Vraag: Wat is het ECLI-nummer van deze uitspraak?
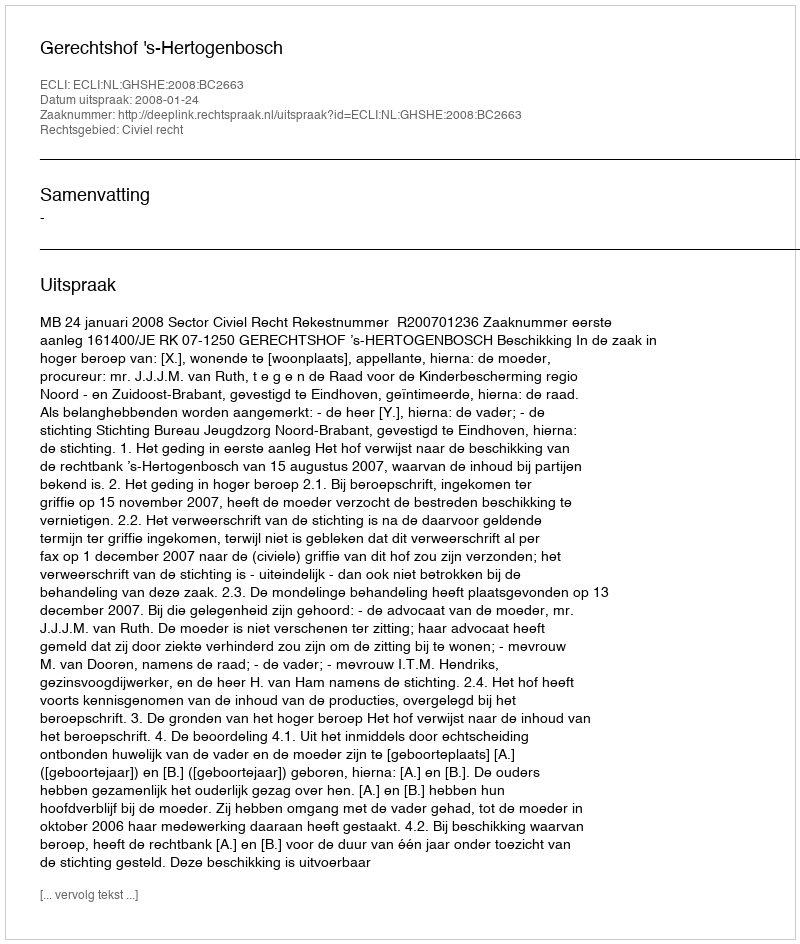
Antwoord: ECLI:NL:GHSHE:2008:BC2663